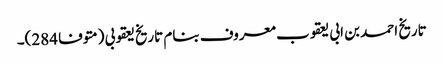
تاریخ احمد بن ابی یعقوب معروف بنام تاریخ یعقوبی (متوفا 284)۔